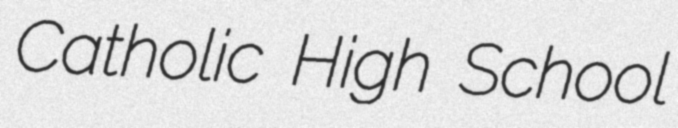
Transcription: Catholic High School